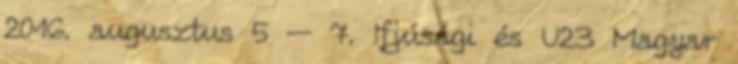
2016. augusztus 5 — 7. Ifjúsági és U23 Magyar